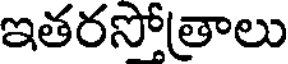
ఇతరసోత్రాలు